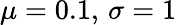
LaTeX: \mu=0.1,\, \sigma=1